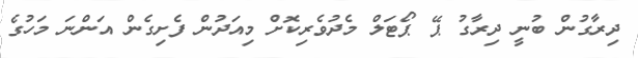
ދިރާގުން ބުނީ ދިރާގު ޕޭ ޕޯޓަލް މެދުވެރިކޮށް މިއަދުން ފެށިގެން އަންނަ މަހުގެ